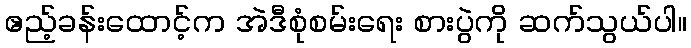
ဧည့်ခန်းထောင့်က အဲဒီစုံစမ်းရေး စားပွဲကို ဆက်သွယ်ပါ။